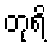
တုရိ